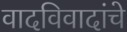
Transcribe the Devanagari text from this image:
वादविवादांचे